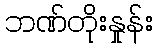
ဘဏ်တိုးနှုန်း